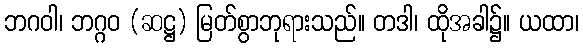
ဘဂဝါ၊ ဘဂ္ဂဝ (ဆဋ္ဌ) မြတ်စွာဘုရားသည်။ တဒါ၊ ထိုအခါ၌။ ယထာ၊